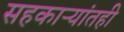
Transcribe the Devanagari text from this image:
सहकाऱ्यांतही